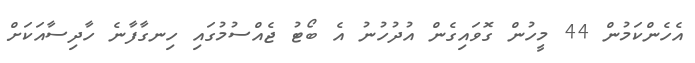
އެހެންކަމުން 44 މީހުން ގޮވައިގެން އުދުހުނު އެ ބޯޓު ޖެއްސުމުގައި ހިނގާފާނެ ހާދިސާއަކަށް